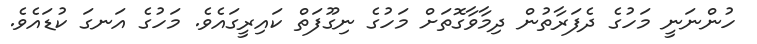
ހުންނަނީ މަހުގެ ދެފަރާތުން ދިމާވާގޮތަށް މަހުގެ ނިގޫފަތް ކައިރީގައެވެ. މަހުގެ އަނގަ ކުޑައެވެ.